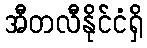
အီတလီနိုင်ငံရှိ